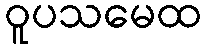
ဝူပသမေထ